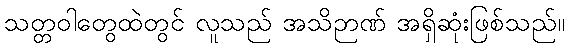
သတ္တဝါတွေထဲတွင် လူသည် အသိဉာဏ် အရှိဆုံးဖြစ်သည်။